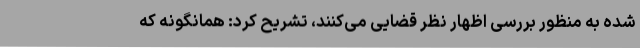
شده به منظور بررسی اظهار نظر قضایی می‌کنند، تشریح کرد: همانگونه که